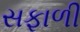
સફાળી